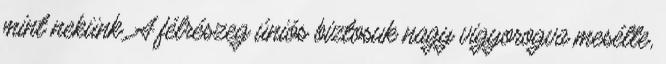
mint nekünk. A félrészeg úniós biztosuk nagy vigyorogva mesélte,